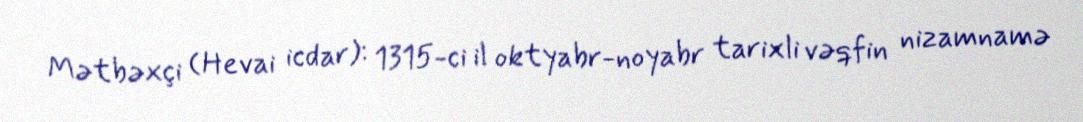
Mətbəxçi (Hevai icdar): 1315-ci il oktyabr-noyabr tarixli vəqfin nizamnamə